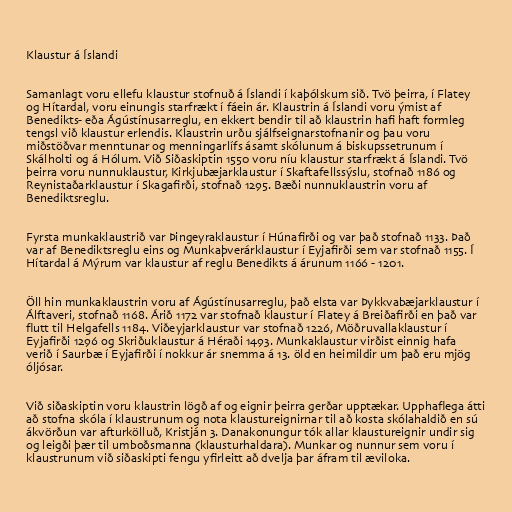
Klaustur á Íslandi

Samanlagt voru ellefu klaustur stofnuð á Íslandi í kaþólskum sið. Tvö þeirra, í Flatey
og Hítardal, voru einungis starfrækt í fáein ár. Klaustrin á Íslandi voru ýmist af
Benedikts- eða Ágústínusarreglu, en ekkert bendir til að klaustrin hafi haft formleg
tengsl við klaustur erlendis. Klaustrin urðu sjálfseignarstofnanir og þau voru
miðstöðvar menntunar og menningarlífs ásamt skólunum á biskupssetrunum í
Skálholti og á Hólum. Við Siðaskiptin 1550 voru níu klaustur starfrækt á Íslandi. Tvö
þeirra voru nunnuklaustur, Kirkjubæjarklaustur í Skaftafellssýslu, stofnað 1186 og
Reynistaðarklaustur í Skagafirði, stofnað 1295. Bæði nunnuklaustrin voru af
Benediktsreglu.

Fyrsta munkaklaustrið var Þingeyraklaustur í Húnafirði og var það stofnað 1133. Það
var af Benediktsreglu eins og Munkaþverárklaustur í Eyjafirði sem var stofnað 1155. Í
Hítardal á Mýrum var klaustur af reglu Benedikts á árunum 1166 - 1201.

Öll hin munkaklaustrin voru af Ágústínusarreglu, það elsta var Þykkvabæjarklaustur í
Álftaveri, stofnað 1168. Árið 1172 var stofnað klaustur í Flatey á Breiðafirði en það var
flutt til Helgafells 1184. Viðeyjarklaustur var stofnað 1226, Möðruvallaklaustur í
Eyjafirði 1296 og Skriðuklaustur á Héraði 1493. Munkaklaustur virðist einnig hafa
verið í Saurbæ í Eyjafirði í nokkur ár snemma á 13. öld en heimildir um það eru mjög
óljósar.

Við siðaskiptin voru klaustrin lögð af og eignir þeirra gerðar upptækar. Upphaflega átti
að stofna skóla í klaustrunum og nota klaustureignirnar til að kosta skólahaldið en sú
ákvörðun var afturkölluð, Kristján 3. Danakonungur tók allar klaustureignir undir sig
og leigði þær til umboðsmanna (klausturhaldara). Munkar og nunnur sem voru í
klaustrunum við siðaskipti fengu yfirleitt að dvelja þar áfram til æviloka.